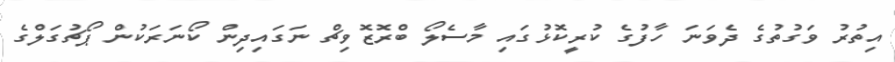
އިތުރު ވަގުތުގެ ދެވަނަ ހާފުގެ ކުރީކޮޅުގައި މާސެލޯ ބްރޮޒޮވިޗް ނަގައިދިން ކޯނަރަކުން ޕޯޗުގަލްގެ